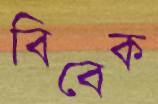
বিবেক